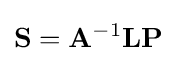
\mathbf {S} =\mathbf {A} ^{-1}\mathbf {L} \mathbf {P}